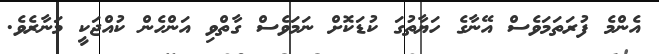
އެންމެ ފުރަތަމަވެސް އޭނާގެ ހަޔާތުގަ ކުޑަކޮށް ނަމަވެސް ގާތްވި އަންހެން ކުއްޖަކީ މަނާރެވެ.